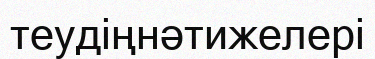
теудіңнәтижелері